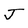
Character: J